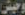
وحيش